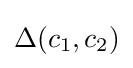
\Delta (c_{1},c_{2})